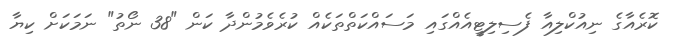
ކޮރެއާގެ ނިއުކްލިއާ ފެސިލިޓީއެއްގައި މަސައްކަތްތަކެއް ކުރެވެމުންދާ ކަން "38 ނޯތު" ނަމަކަށް ކިޔާ